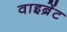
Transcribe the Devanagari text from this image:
वाइब्रेंट